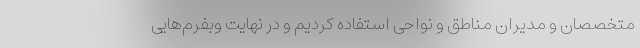
متخصصان و مدیران مناطق و نواحی استفاده کردیم و در نهایت وبفرم‌هایی